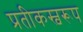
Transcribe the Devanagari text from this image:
प्रतीकस्वरूप